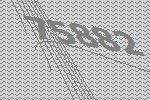
75882